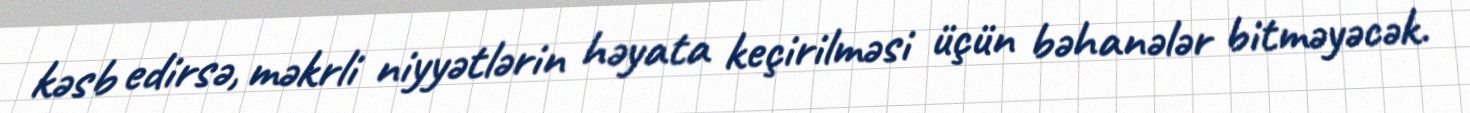
kəsb edirsə, məkrli niyyətlərin həyata keçirilməsi üçün bəhanələr bitməyəcək.